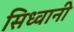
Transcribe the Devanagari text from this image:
सिध्वानी